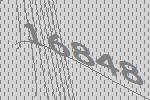
16848